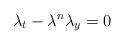
LaTeX: \begin{align*}\lambda_t-\lambda^n\lambda_y=0\end{align*}